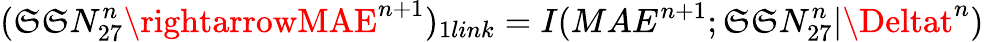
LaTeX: \large(\mathfrak{S}\mathfrak{S}N_{27}^{n}\rightarrowMAE^{n+1}\large)_{1link}=I(MAE^{n+1};\mathfrak{S}\mathfrak{S}N_{27}^{n}|\Deltat^{n})